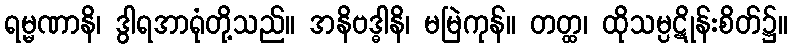
ရမ္မဏာနိ၊ ဒွါရအာရုံတို့သည်။ အနိဗဒ္ဓါနိ၊ မမြဲကုန်။ တတ္ထ၊ ထိုသမ္ပဋိုန်းစိတ်၌။